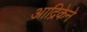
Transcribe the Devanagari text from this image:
आद्रिकेने